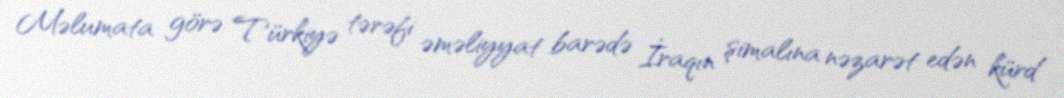
Məlumata görə Türkiyə tərəfi əməliyyat barədə İraqın şimalına nəzarət edən kürd